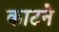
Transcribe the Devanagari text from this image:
काटनेे